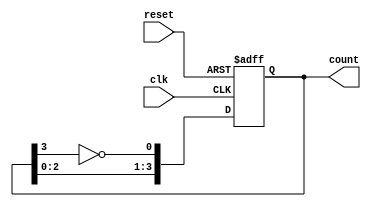
module ring_johnson_counter #(
    parameter n = 4 // Number of flip-flops (adjust as needed)
)(
    input wire clk,       // Clock input
    input wire reset,     // Asynchronous reset
    output reg [n-1:0] count // Current count value
);

// Sequential logic for the Johnson counter
always @(posedge clk or posedge reset) begin
    if (reset) begin
        count <= 0; // Initialize the counter to 0
    end else begin
        // Shift the counter and implement feedback logic
        count <= {count[n-2:0], ~count[n-1]};
    end
end

endmodule